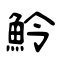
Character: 魿